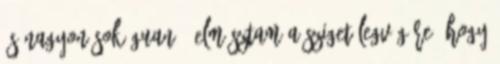
és nagyon sok guanó. Elmásztam a sziget legvégére, hogy